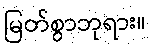
မြတ်စွာဘုရား။